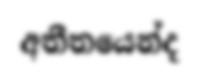
අතීතයෙන්ද